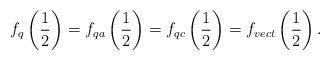
LaTeX: \begin{align*}f_{q}\left(\frac{1}{2} \right) = f_{qa}\left(\frac{1}{2} \right) = f_{qc}\left(\frac{1}{2} \right) = f_{vect}\left(\frac{1}{2} \right).\end{align*}